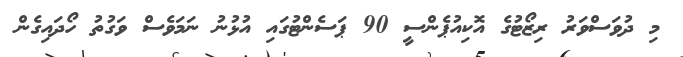
މި ދުވަސްވަރު ރިޒޯޓުގެ އޮކިއުޕެންސީ 90 ޕަސެންޓުގައި އުޅުނު ނަމަވެސް ވަގުތު ހޯދައިގެން